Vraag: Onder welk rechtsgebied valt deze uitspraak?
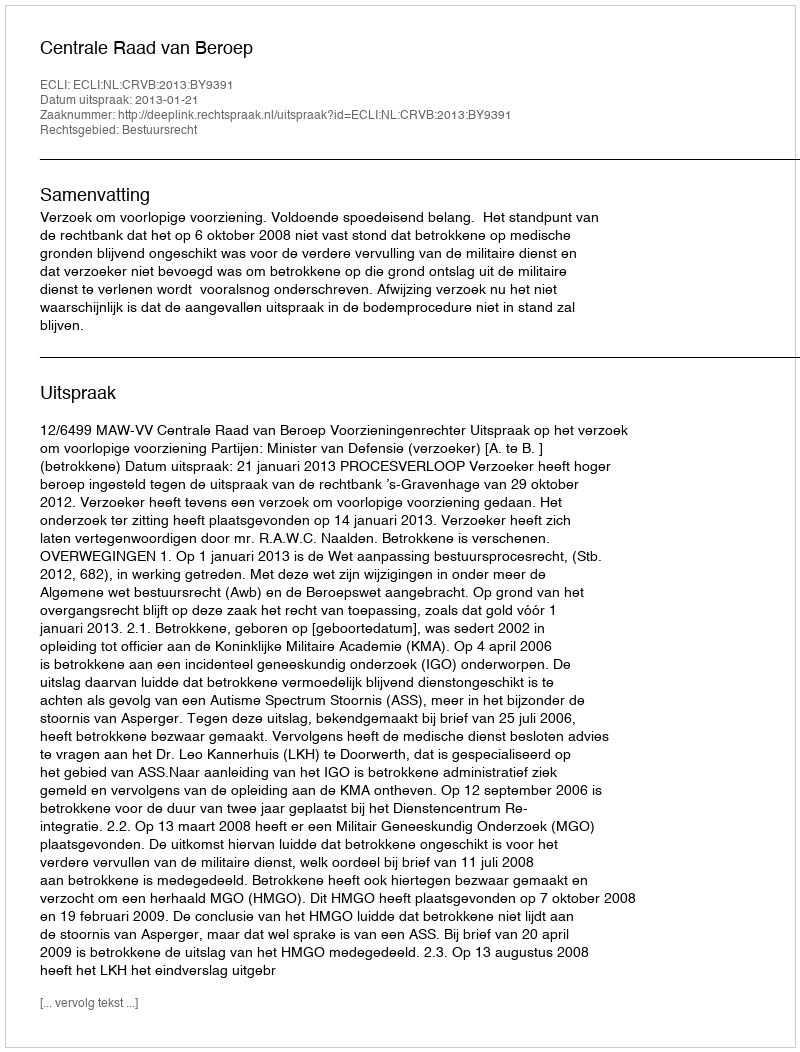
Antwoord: Bestuursrecht